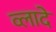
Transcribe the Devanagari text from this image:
व्लादे